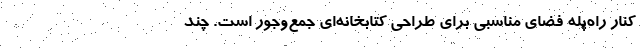
کنار راه‌پله فضای مناسبی برای طراحی کتابخانه‌ای جمع‌و‌جور است. چند